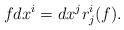
LaTeX: \begin{align*}fdx^{i}=dx^{j} r^{i}_{j}(f).\end{align*}